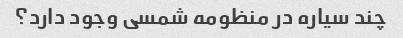
چند سیاره در منظومه شمسی وجود دارد؟